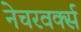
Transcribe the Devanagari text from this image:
नेचरवर्क्स